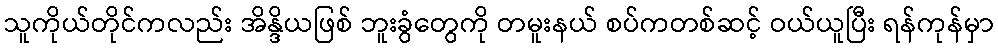
သူကိုယ်တိုင်ကလည်း အိန္ဒိယဖြစ် ဘူးခွံတွေကို တမူးနယ် စပ်ကတစ်ဆင့် ဝယ်ယူပြီး ရန်ကုန်မှာ